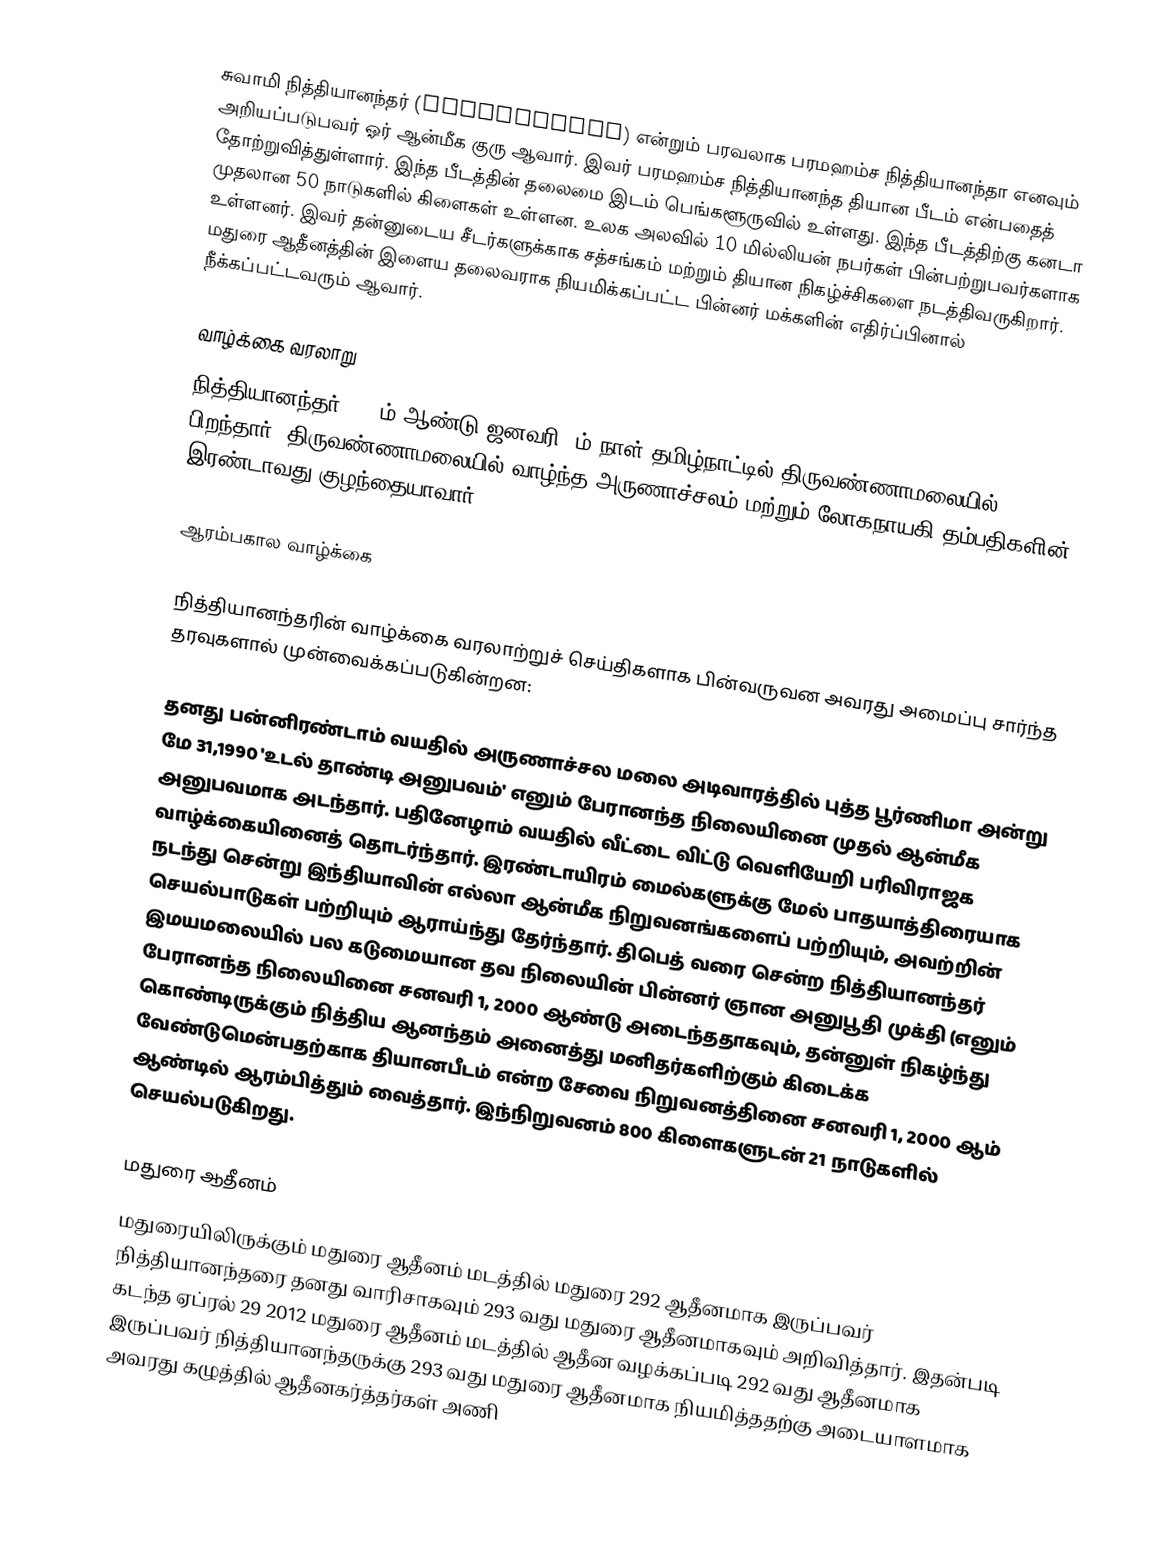
சுவாமி நித்தியானந்தர் (Nithyananda) என்றும் பரவலாக பரமஹம்ச நித்தியானந்தா எனவும் அறியப்படுபவர் ஓர் ஆன்மீக குரு ஆவார். இவர் பரமஹம்ச நித்தியானந்த தியான பீடம் என்பதைத் தோற்றுவித்துள்ளார். இந்த பீடத்தின் தலைமை இடம் பெங்களூருவில் உள்ளது. இந்த பீடத்திற்கு கனடா முதலான 50 நாடுகளில் கிளைகள் உள்ளன. உலக அலவில் 10 மில்லியன் நபர்கள் பின்பற்றுபவர்களாக உள்ளனர். இவர் தன்னுடைய சீடர்களுக்காக சத்சங்கம் மற்றும் தியான நிகழ்ச்சிகளை நடத்திவருகிறார். மதுரை ஆதீனத்தின் இளைய தலைவராக நியமிக்கப்பட்ட பின்னர் மக்களின் எதிர்ப்பினால் நீக்கப்பட்டவரும் ஆவார்.

வாழ்க்கை வரலாறு
நித்தியானந்தர் 1978ம் ஆண்டு ஜனவரி 1ம் நாள் தமிழ்நாட்டில் திருவண்ணாமலையில் பிறந்தார். திருவண்ணாமலையில் வாழ்ந்த அருணாச்சலம் மற்றும் லோகநாயகி தம்பதிகளின் இரண்டாவது குழந்தையாவார்.

ஆரம்பகால வாழ்க்கை

நித்தியானந்தரின் வாழ்க்கை வரலாற்றுச் செய்திகளாக பின்வருவன அவரது அமைப்பு சார்ந்த தரவுகளால் முன்வைக்கப்படுகின்றன:

தனது பன்னிரண்டாம் வயதில் அருணாச்சல மலை அடிவாரத்தில் புத்த பூர்ணிமா அன்று  மே 31,1990 'உடல் தாண்டி அனுபவம்' எனும் பேரானந்த நிலையினை முதல் ஆன்மீக அனுபவமாக அடந்தார். பதினேழாம் வயதில் வீட்டை விட்டு வெளியேறி பரிவிராஜக வாழ்க்கையினைத் தொடர்ந்தார். இரண்டாயிரம் மைல்களுக்கு மேல் பாதயாத்திரையாக நடந்து சென்று இந்தியாவின் எல்லா ஆன்மீக நிறுவனங்களைப் பற்றியும், அவற்றின் செயல்பாடுகள் பற்றியும் ஆராய்ந்து தேர்ந்தார். திபெத் வரை சென்ற நித்தியானந்தர் இமயமலையில் பல கடுமையான தவ நிலையின் பின்னர் ஞான அனுபூதி முக்தி (எனும் பேரானந்த நிலையினை சனவரி 1, 2000 ஆண்டு அடைந்ததாகவும், தன்னுள் நிகழ்ந்து கொண்டிருக்கும் நித்திய ஆனந்தம் அனைத்து மனிதர்களிற்கும் கிடைக்க வேண்டுமென்பதற்காக தியானபீடம் என்ற சேவை நிறுவனத்தினை சனவரி 1, 2000 ஆம் ஆண்டில் ஆரம்பித்தும் வைத்தார். இந்நிறுவனம் 800 கிளைகளுடன் 21 நாடுகளில் செயல்படுகிறது.

மதுரை ஆதீனம்
மதுரையிலிருக்கும் மதுரை ஆதீனம் மடத்தில் மதுரை 292 ஆதீனமாக இருப்பவர் நித்தியானந்தரை தனது வாரிசாகவும் 293 வது மதுரை ஆதீனமாகவும் அறிவித்தார். இதன்படி கடந்த ஏப்ரல் 29 2012  மதுரை ஆதீனம் மடத்தில் ஆதீன வழக்கப்படி 292 வது ஆதீனமாக இருப்பவர் நித்தியானந்தருக்கு 293 வது மதுரை ஆதீனமாக நியமித்ததற்கு அடையாளமாக அவரது கழுத்தில் ஆதீனகர்த்தர்கள் அணி